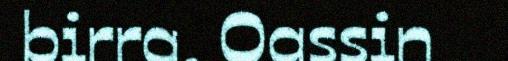
birra. Oassin